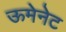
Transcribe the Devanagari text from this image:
ऊमेनेट